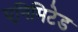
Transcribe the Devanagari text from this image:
एनिमिटेड